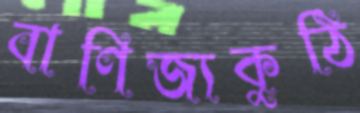
বাণিজ্যকুঠি